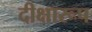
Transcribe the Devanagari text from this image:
दीक्षारूप